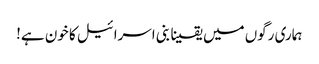
ہماری رگوں میں یقینا بنی اسرائیل کا خون ہے!